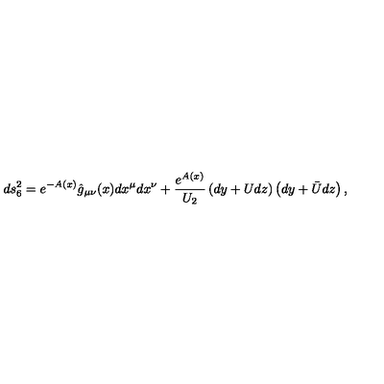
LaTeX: d s _ { 6 } ^ { 2 } = e ^ { - A ( x ) } \hat { g } _ { \mu \nu } ( x ) d x ^ { \mu } d x ^ { \nu } + \frac { e ^ { A ( x ) } } { U _ { 2 } } \left( d y + U d z \right) \left( d y + \bar { U } d z \right) ,